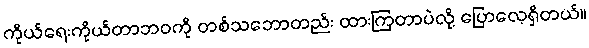
ကိုယ်ရေးကိုယ်တာဘဝကို တစ်သဘောတည်း ထားကြတာပဲလို့ ပြောလေ့ရှိတယ်။